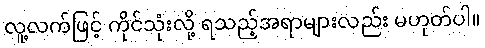
လူ့လက်ဖြင့် ကိုင်သုံးလို့ ရသည့်အရာများလည်း မဟုတ်ပါ။